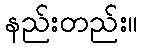
နည်းတည်း။